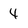
Character: 4